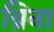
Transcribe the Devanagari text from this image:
ब्रिना